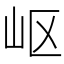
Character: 岖